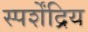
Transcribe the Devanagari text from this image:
स्पर्शेंद्रिय